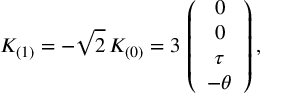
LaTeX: K _ { ( 1 ) } = - \sqrt { 2 } \, K _ { ( 0 ) } = 3 \, \left( \begin{array} { c } { { 0 } } \\ { { 0 } } \\ { { \tau } } \\ { { - \theta } } \end{array} \right) ,